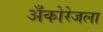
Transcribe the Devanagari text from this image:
अँकोरेजला